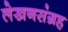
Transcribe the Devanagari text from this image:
लेखनसंग्रह